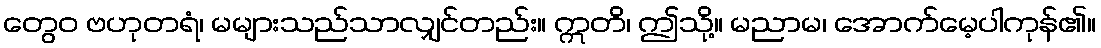
တွေဝ ဗဟုတရံ၊ မများသည်သာလျှင်တည်း။ ဣတိ၊ ဤသို့။ မညာမ၊ အောက်မေ့ပါကုန်၏။